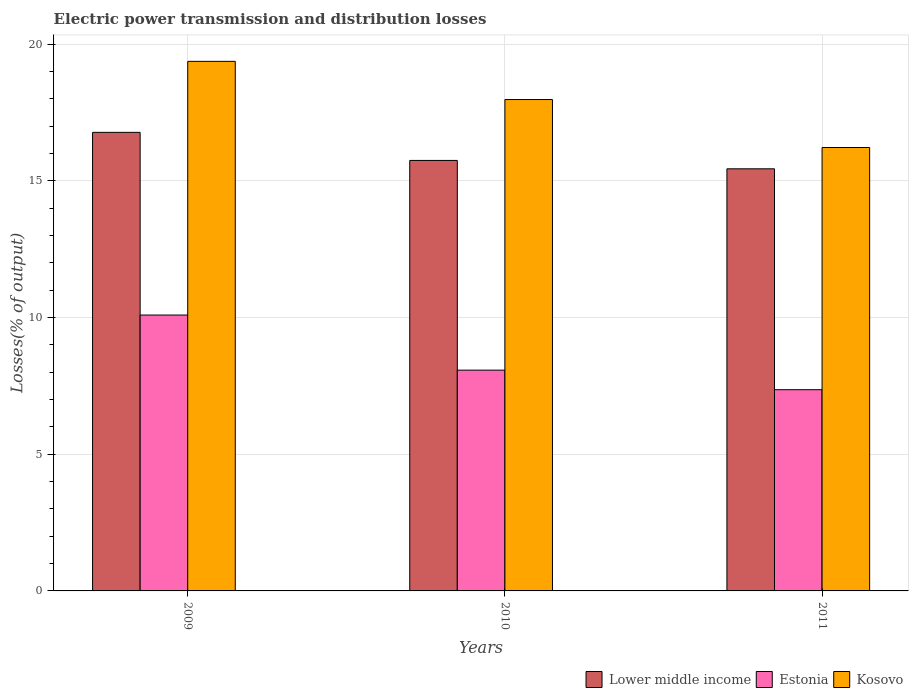
| Years | Lower middle income | Estonia | Kosovo |
 | --- | --- | --- | --- |
 | 2009 | 16.8 | 10.1 | 19.4 |
 | 2010 | 15.7 | 8.08 | 18 |
 | 2011 | 15.4 | 7.36 | 16.2 |